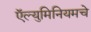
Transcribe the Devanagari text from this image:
ऍल्युमिनियमचे